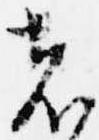
者